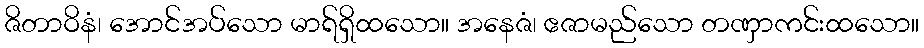
ဇိတာဝိနံ၊ အောင်အပ်သော မာရ်ရှိထသော။ အနေဇံ၊ ဧဇာမည်သော တဏှာကင်းထသော။